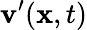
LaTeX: \mathbf{v}^{\prime}(\mathbf{x},t)